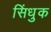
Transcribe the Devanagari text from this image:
सिंधुक